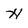
Character: H